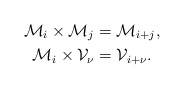
\begin{align*} \mathcal M_i \times \mathcal M_j &= \mathcal M_{i+j}, \\ \mathcal M_i \times \mathcal V_\nu &= \mathcal V_{i+\nu} . \end{align*}